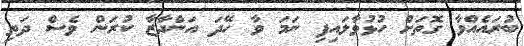
ބުރައެއްވާ ގޮތަށް ހުޅުވާލައިފި ނަމަ ވާ ހޭދަ އަންދާޒާ ކުރަން ވެސް ދަތި